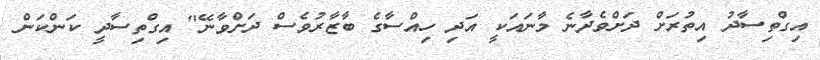
އިގްތިސާދު އިތުރަށް ދަށްވެދާނެ މާނައަކީ އަދި ހިއްސާގެ ބާޒާރުވެސް ދަށްވާނޭ" އިގްތިސާދީ ކަންކަން